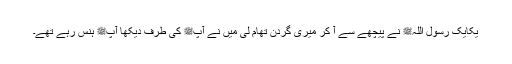
یکایک رسول اللہﷺ نے پیچھے سے آ کر میری گردن تھام لی میں نے آپﷺ کی طرف دیکھا آپﷺ ہنس رہے تھے۔